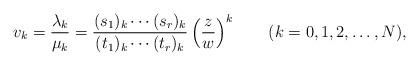
LaTeX: \begin{align*}v_k=\dfrac{\lambda_k}{\mu_k}=\dfrac{(s_1)_k\cdots(s_r)_k}{(t_1)_k\cdots(t_r)_k} \left(\dfrac{z}{w}\right)^k \qquad(k=0,1,2,\ldots,N), \end{align*}